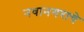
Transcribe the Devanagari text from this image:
नवानगराचे